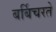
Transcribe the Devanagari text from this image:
बर्बिचरते